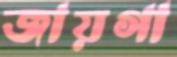
জায়গা